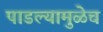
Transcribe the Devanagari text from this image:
पाडल्यामुळेच